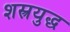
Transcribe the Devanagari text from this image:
शस्त्रयुद्ध